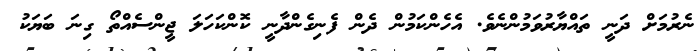
ނެރުމަށް ދަނީ ތައްޔާރުވަމުންނެވެ. އެހެންކަމުން ދެން ފެނިގެންދާނީ ކޮންކަހަލަ ޖީންސެއްތޯ ގިނަ ބަޔަކު